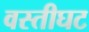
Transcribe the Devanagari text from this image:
वस्तीघट